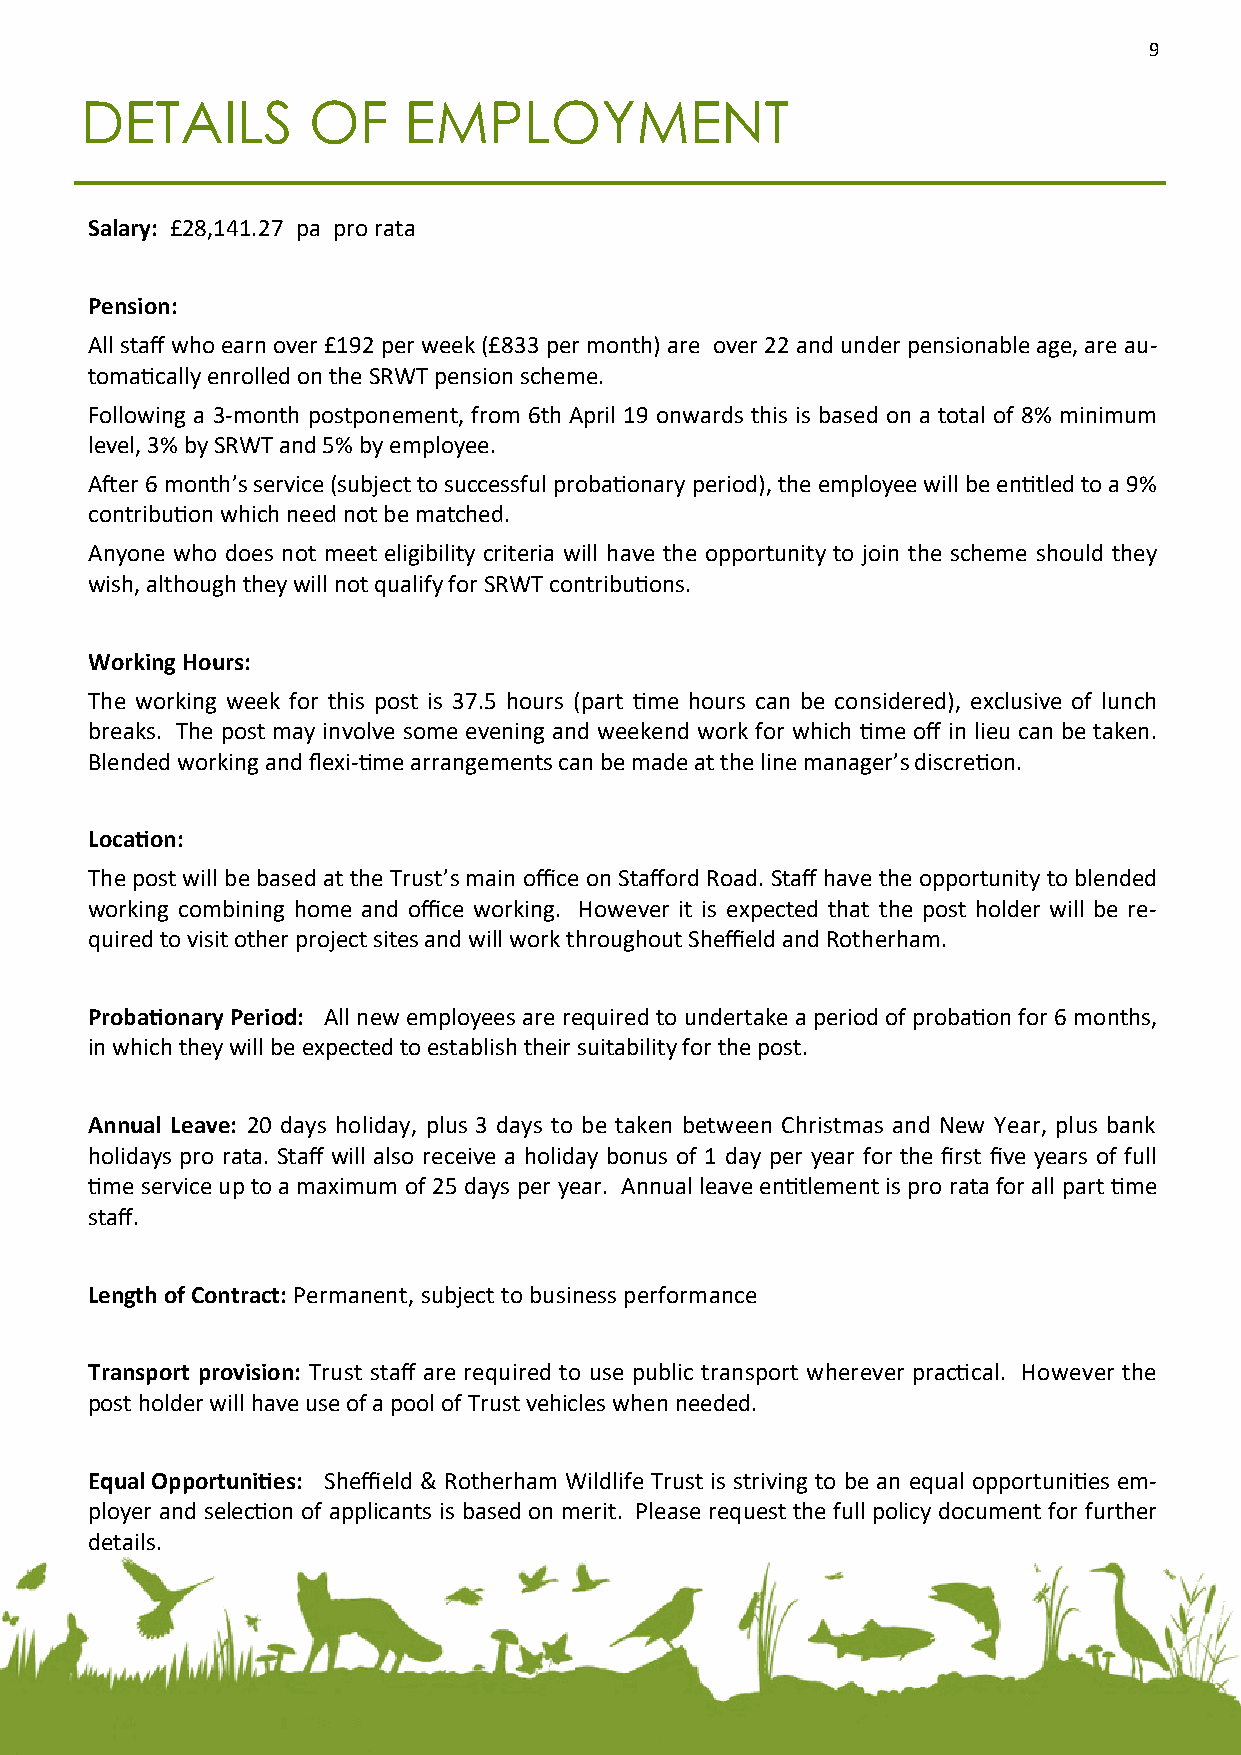
9
 DETAILS        OF     EMPLOYMENT
 Salary: £28,141.27 pa pro rata
 Pension:
 All staff who earn over £192 per week (£833 per month) are over 22 and under pensionable age, are au-
 tomatically enrolled on the SRWT pension scheme.
 Following a 3-month postponement, from 6th April 19 onwards this is based on a total of 8% minimum
 level, 3% by SRWT and 5% by employee.
 After 6 month’s service (subject to successful probationary period), the employee will be entitled to a 9%
 contribution which need not be matched.
 Anyone who does not meet eligibility criteria will have the opportunity to join the scheme should they
 wish, although they will not qualify for SRWT contributions.
 Working Hours:
 The working week for this post is 37.5 hours (part time hours can be considered), exclusive of lunch
 breaks. The post may involve some evening and weekend work for which time off in lieu can be taken.
 Blended working and flexi-time arrangements can be made at the line manager’s discretion.
 Location:
 The post will be based at the Trust’s main office on Stafford Road. Staff have the opportunity to blended
 working combining home and office working. However it is expected that the post holder will be re-
 quired to visit other project sites and will work throughout Sheffield and Rotherham.
 Probationary Period: All new employees are required to undertake a period of probation for 6 months,
 in which they will be expected to establish their suitability for the post.
 Annual Leave: 20 days holiday, plus 3 days to be taken between Christmas and New Year, plus bank
 holidays pro rata. Staff will also receive a holiday bonus of 1 day per year for the first five years of full
 time service up to a maximum of 25 days per year. Annual leave entitlement is pro rata for all part time
 staff.
 Length of Contract: Permanent, subject to business performance
 Transport provision: Trust staff are required to use public transport wherever practical. However the
 post holder will have use of a pool of Trust vehicles when needed.
 Equal Opportunities: Sheffield & Rotherham Wildlife Trust is striving to be an equal opportunities em-
 ployer and selection of applicants is based on merit. Please request the full policy document for further
 details.
 9